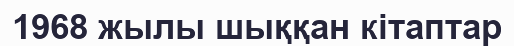
1968 жылы шыққан кітаптар